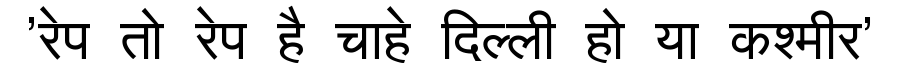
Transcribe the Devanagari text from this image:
'रेप तो रेप है चाहे दिल्ली हो या कश्मीर'